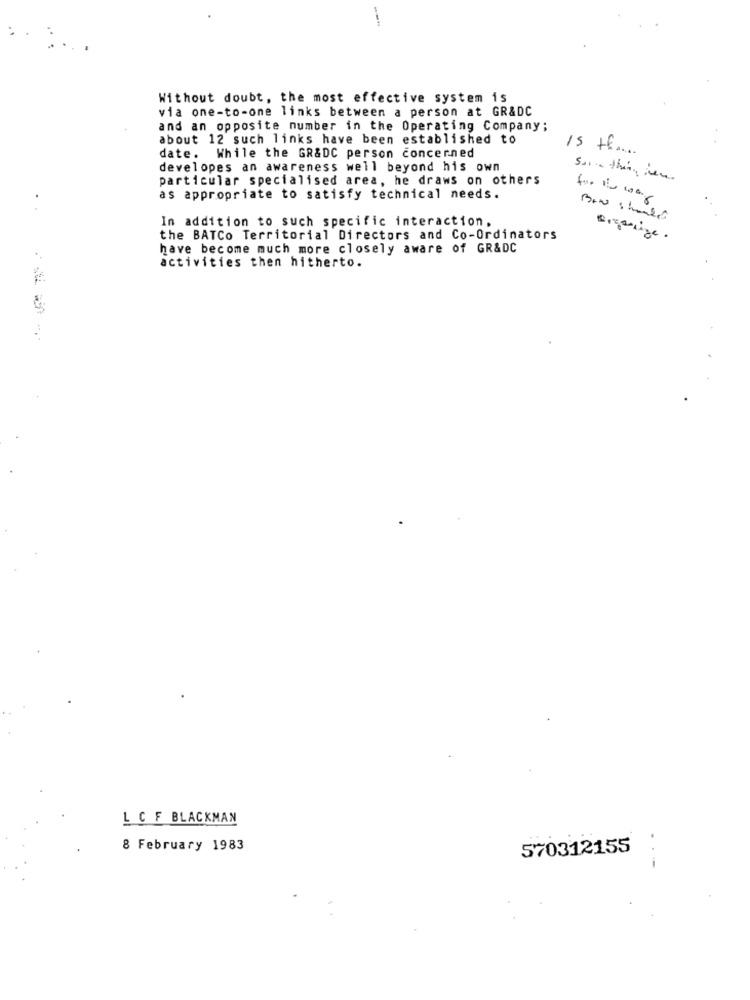
---
:.
Without doubt, the most effective system is
via one-to-one links between a person at GR&DC
and an opposite number in the Operating Company;
about 12 such links have been established to
date. While the GR&DC person concerned
developes an awareness well beyond his own
particular specialised area, he draws on others
as appropriate to satisfy technical needs.
In addition to such specific interaction,
the BATCo Territorial Directors and Co-Ordinators
have become much more closely aware of GR&DC
activities then hitherto.
L C F BLACKMAN
8 February 1983
570312155
-